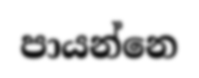
පායන්නෙ